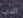
الدب